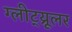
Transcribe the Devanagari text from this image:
ग्लीट्य्रूलर